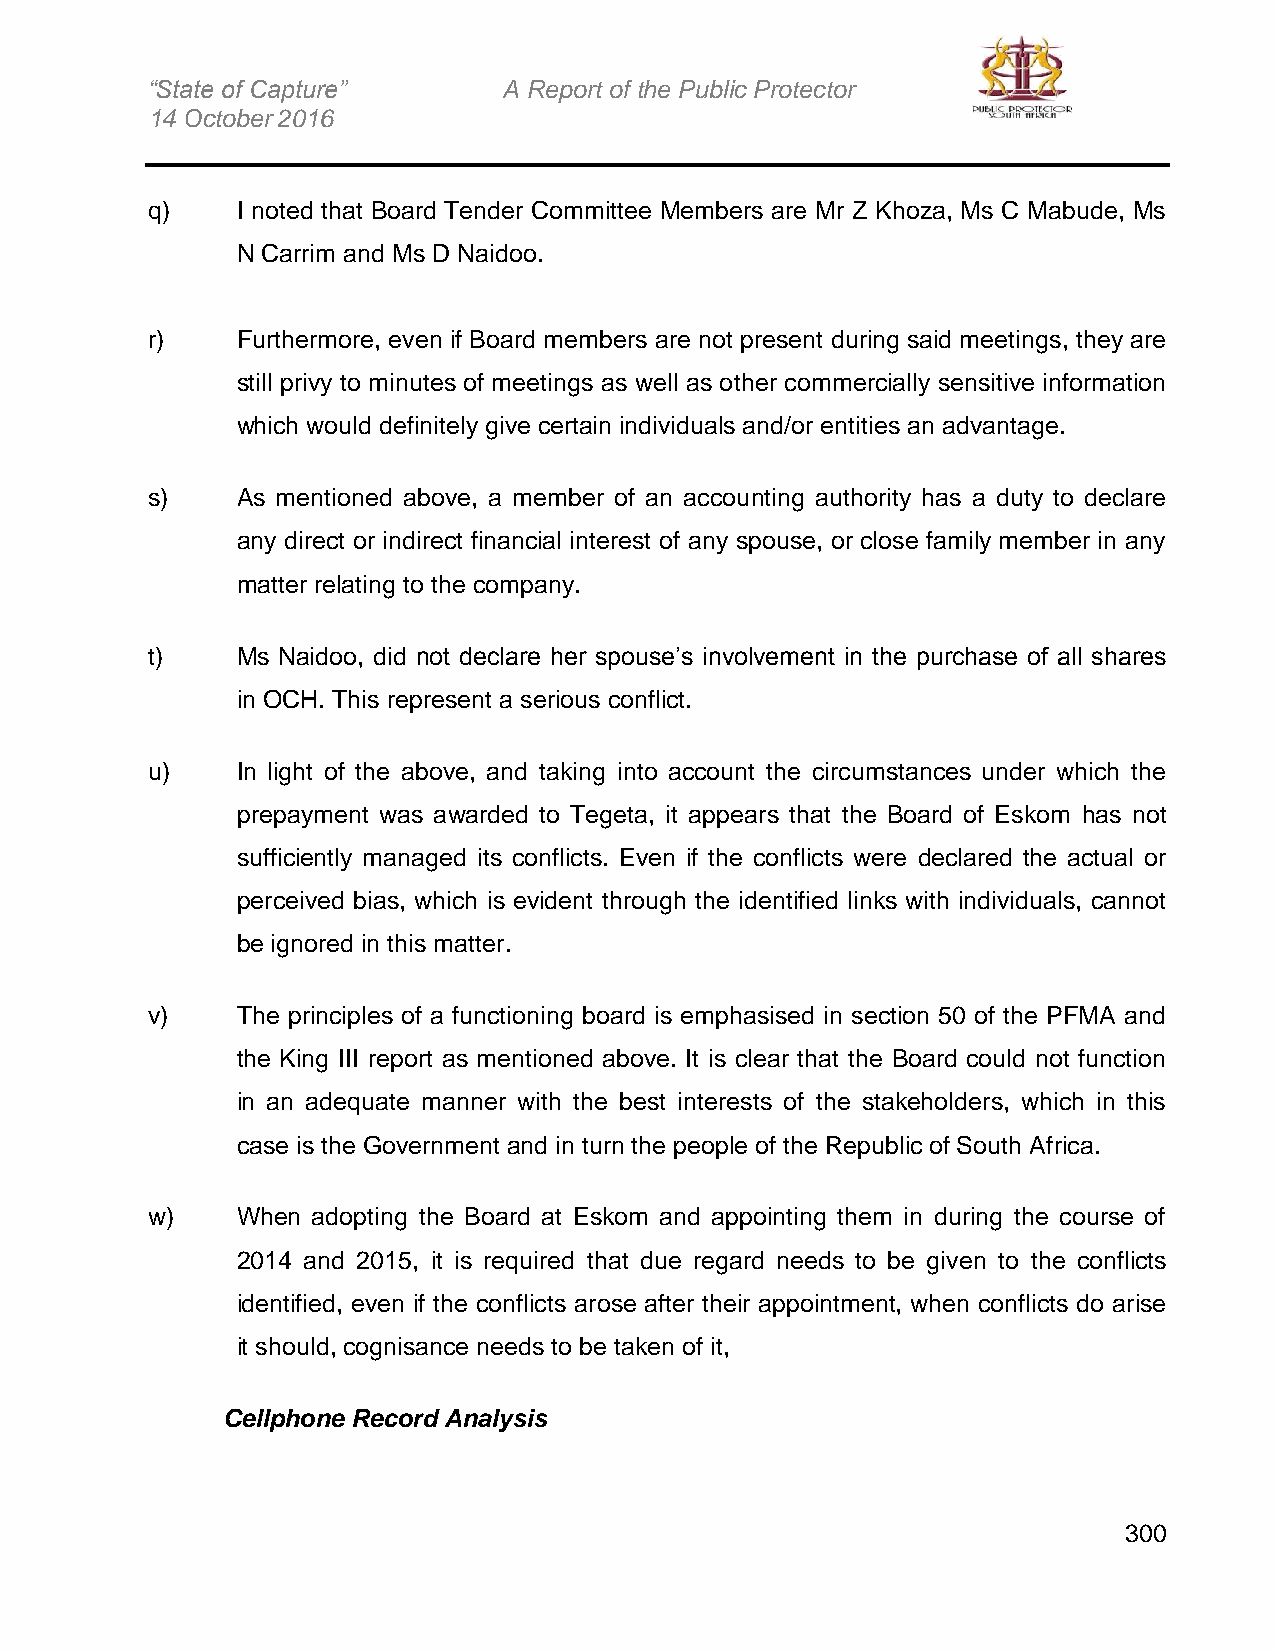
“State of Capture”     A Report of the Public Protector
 14 October 2016
 q)    I noted that Board Tender Committee Members are Mr Z Khoza, Ms C Mabude, Ms
 N Carrim and Ms D Naidoo.
 r)    Furthermore, even if Board members are not present during said meetings, they are
 still privy to minutes of meetings as well as other commercially sensitive information
 which would definitely give certain individuals and/or entities an advantage.
 s)    As mentioned above, a member of an accounting authority has a duty to declare
 any direct or indirect financial interest of any spouse, or close family member in any
 matter relating to the company.
 t)    Ms Naidoo, did not declare her spouse’s involvement in the purchase of all shares
 in OCH. This represent a serious conflict.
 u)    In light of the above, and taking into account the circumstances under which the
 prepayment was awarded to Tegeta, it appears that the Board of Eskom has not
 sufficiently managed its conflicts. Even if the conflicts were declared the actual or
 perceived bias, which is evident through the identified links with individuals, cannot
 be ignored in this matter.
 v)    The principles of a functioning board is emphasised in section 50 of the PFMA and
 the King III report as mentioned above. It is clear that the Board could not function
 in an adequate manner with the best interests of the stakeholders, which in this
 case is the Government and in turn the people of the Republic of South Africa.
 w)    When adopting the Board at Eskom and appointing them in during the course of
 2014 and 2015, it is required that due regard needs to be given to the conflicts
 identified, even if the conflicts arose after their appointment, when conflicts do arise
 it should, cognisance needs to be taken of it,
 Cellphone Record Analysis
 300